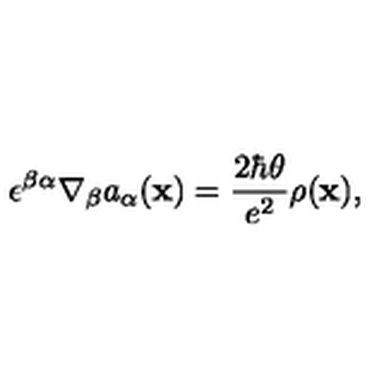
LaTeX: \epsilon ^ { \beta \alpha } \nabla _ { \beta } a _ { \alpha } ( { \bf x } ) = { \frac { 2 \hbar \theta } { e ^ { 2 } } } \rho ( { \bf x } ) ,